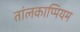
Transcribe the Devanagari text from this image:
तांलकाप्पियम